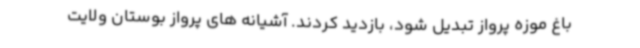
باغ موزه پرواز تبدیل شود، بازدید کردند. آشیانه های پرواز بوستان ولایت